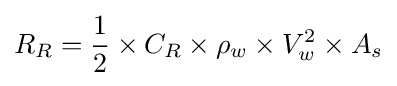
R_{R}={\frac {1}{2}}\times C_{R}\times \rho _{w}\times V_{w}^{2}\times A_{s}